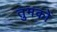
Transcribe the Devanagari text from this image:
तुमकों